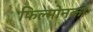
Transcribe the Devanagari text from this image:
फिल्मोनको